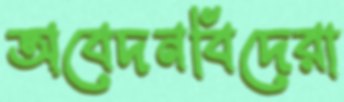
অবেদনবিদেরা